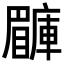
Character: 𥌙